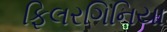
ફિલરગિનિયા